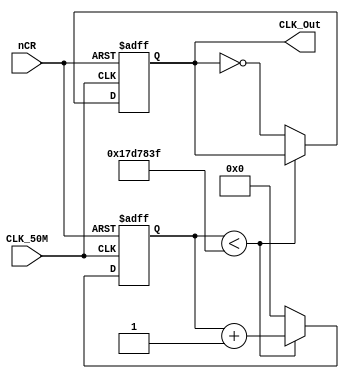
module frediv(CLK_50M,nCR,CLK_Out);
	parameter N=25;//
	parameter CLK_Freq=50000000;//50MHz
	parameter OUT_Freq=1;//
	input nCR,CLK_50M;//
	output reg CLK_Out;//
	reg[N-1:0] Count_DIV;//
	always@(posedge CLK_50M or negedge nCR)
	begin
	if(~nCR) begin//
	CLK_Out<=0;
	Count_DIV<=0;
	end
	else begin
	if(Count_DIV<(CLK_Freq/(2*OUT_Freq)-1))//
	Count_DIV<=Count_DIV+1'b1;//1
	else begin
	Count_DIV<=0;//
	CLK_Out<=~CLK_Out;//
	end
	end
	end
endmodule
//**********************************************************
/* module misaka(nRST,CLK_50,_1Hz);
	input CLK_50, nRST;
	//
	output _1Hz;
	//
	Divider50MHz	U3(.CLK_50M(CLK_50),//
					.nCR (nRST),
					.CLK_Out(_1Hz));//10Hz
	defparam 		U3.N=6,
					U3.CLK_Freq=50,
					U3.OUT_Freq= 1;
	
endmodule */